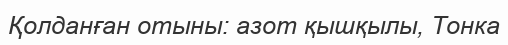
Қолданған отыны: азот қышқылы, Тонка